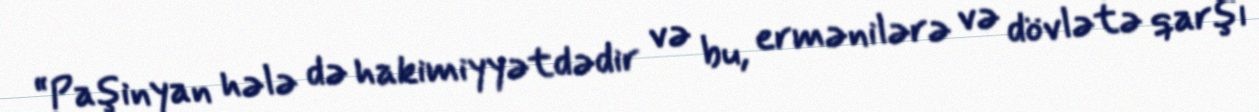
“Paşinyan hələ də hakimiyyətdədir və bu, ermənilərə və dövlətə qarşı